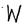
Character: W